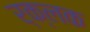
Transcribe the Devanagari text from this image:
र्क्लक